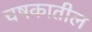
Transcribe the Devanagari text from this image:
चषकातील